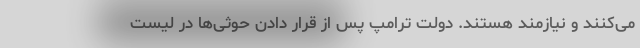
می‌کنند و نیازمند هستند. دولت ترامپ پس از قرار دادن حوثی‌ها در لیست